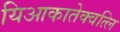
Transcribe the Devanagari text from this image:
यिआकातेक्वत्लि